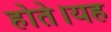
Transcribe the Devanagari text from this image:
होते।यह